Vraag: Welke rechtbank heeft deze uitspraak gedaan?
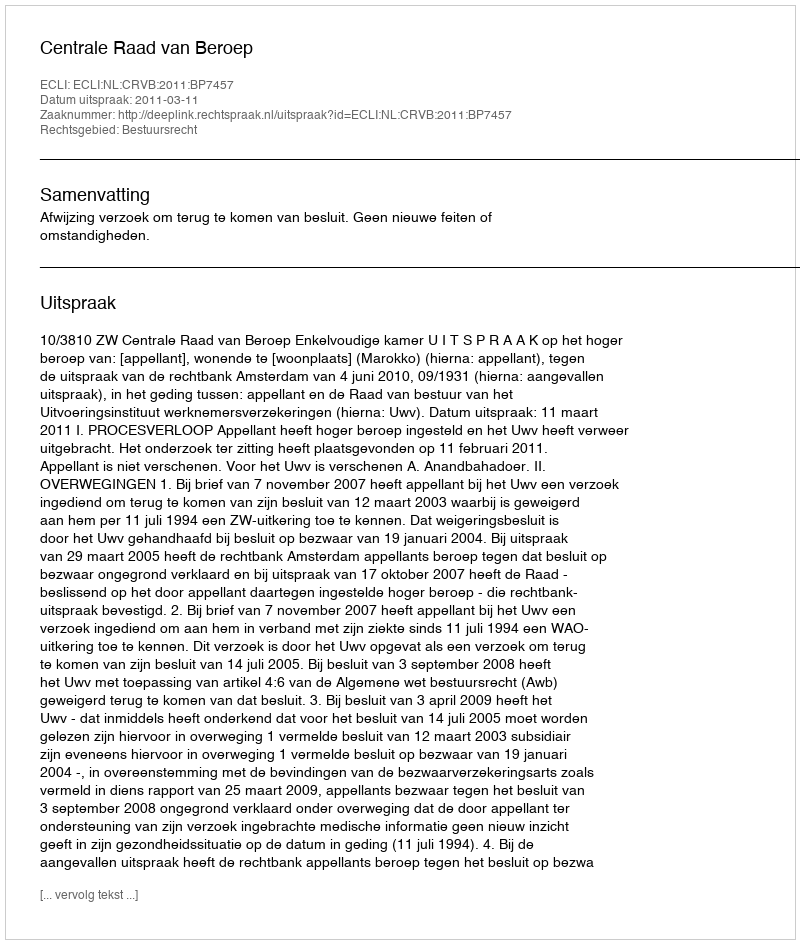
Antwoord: Centrale Raad van Beroep